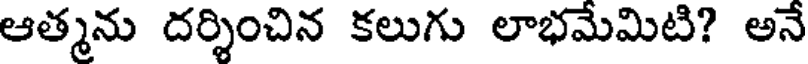
ఆత్మను దర్శించిన కలుగు లాభమేమిటి? అనే